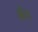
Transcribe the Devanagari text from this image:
ब्रौथ